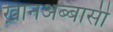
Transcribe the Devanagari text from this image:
ख़ानअब्बासी